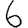
Digit: 6